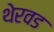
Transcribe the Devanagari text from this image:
थेरवड